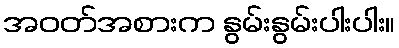
အဝတ်အစားက နွမ်းနွမ်းပါးပါး။